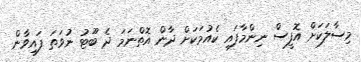
މިސާލަކަށް އޮފީސް ނިންމާފައި ކެއުމަކަށް ދާން އޮތްނަމަ ދެ ބޫޓު ނުވަތަ ފައިވާން